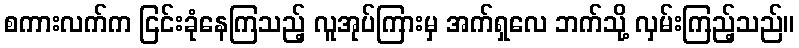
စကားလက်က ငြင်းခုံနေကြသည့် လူအုပ်ကြားမှ အက်ရှလေ ဘက်သို့ လှမ်းကြည့်သည်။